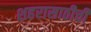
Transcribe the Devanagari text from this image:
शहरासाठीची